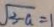
\sqrt { 3 - a } = 1